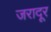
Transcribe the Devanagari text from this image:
जरादूर